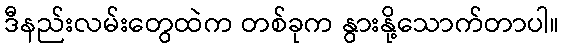
ဒီနည်းလမ်းတွေထဲက တစ်ခုက နွားနို့သောက်တာပါ။